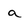
Character: a